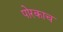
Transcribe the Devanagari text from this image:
पोरकाच